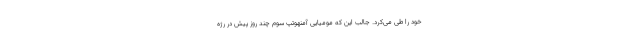
خود را طی می‌کرد. جالب این که مومیایی آمنهوتپ سوم چند روز پیش در رژه